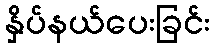
နှိပ်နယ်ပေးခြင်း